Report on vaccination in Madras 1877-1894 - 1877-1894
Year: 1877
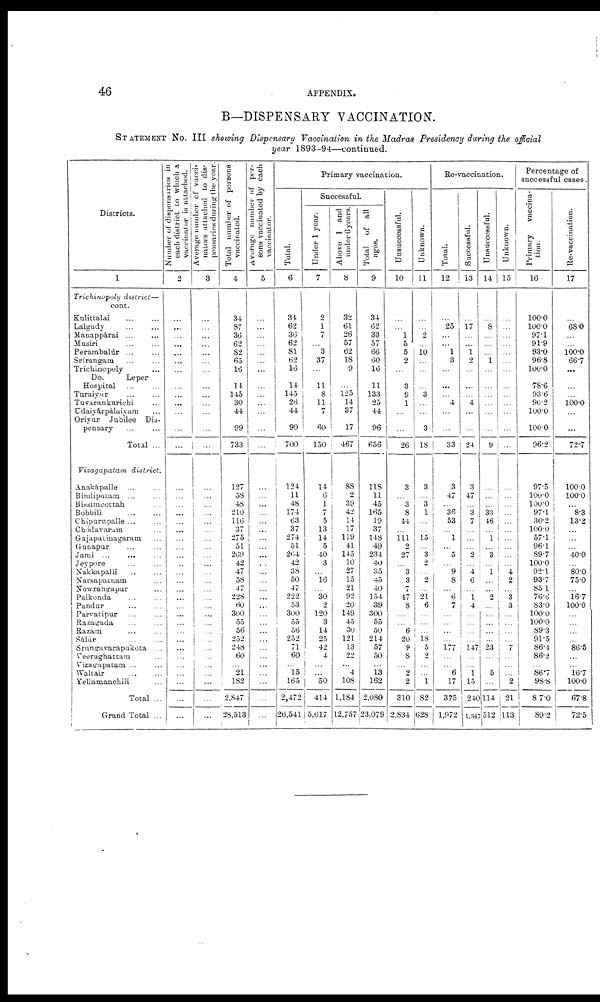
46
APPENDIX.
B—DISPENSARY VACCINATION.
STATEMENT No. III showing Dispensary Vaccination in the Madras Presidency during the official
year 1893-94—continued.
Districts.
1
Trichinopoly district—
cont.
Kulittalai
...
...
Lalgudy
...
...
Manappárai ... ...
Musiri ... ...
Perambalúr
...
...
Srírangam ... ...
Trichinopoly ...
Do.
Leper
Hospital ... ...
Turaiyur ... ...
Tuvarankurich ...
Udaivárpálaivam ...
Oriyur Jubilee Dis-
pensary ... ...
Total ...
Vizagapatam district.
Anakápalle ... ...
Bimlipatam ... ...
Bissimcottah ...
Bobbili
...
...
Chípurupalle ... ...
Chódavaram ...
Gajapatinagaram ...
Gunapur ... ...
Jami ...
...
Jeypore ... ...
Nakkapalii ... ...
Narsapatnam ...
Nowraneapur ...
Palkonda ... ...
Pandur ... ...
Parvatipur ... ...
Razagada ... ...
Razam ... ...
Sálúr ... ...
Srungavarapukota ...
Veeraghattam ...
Vizagapatam ... ...
Waltair ... ...
Yellamanchili ...
Total ...
Grand Total ...
Number of dispensaries in
each district to which a
vaccinator is attached.
2
...
...
...
...
...
...
...
...
...
...
...
...
...
...
...
...
...
...
...
...
...
...
...
...
...
...
...
...
...
...
...
...
...
...
...
...
...
...
...
Average number of vacci-
nators attached to dis-
pensaries during the year.
3
...
...
...
...
...
...
...
...
...
...
...
...
...
...
...
...
...
...
...
...
...
...
...
...
...
...
...
...
...
...
...
...
...
...
...
...
...
...
...
Total number of persons
vaccinated.
4
34
87
36
62
82
65
16
14
145
30
44
99
733
127
58
48
210
116
37
275
51
269
42
47
58
47
228
60
300
55
56
252
248
60
...
21
182
2,847
28,513
Average number of per-
sons vaccinated by each
vaccinator.
5
...
...
...
...
...
...
...
...
...
...
...
...
...
...
...
...
...
...
...
...
...
...
...
...
...
...
...
...
...
...
...
...
...
...
...
...
...
...
...
Primary vaccination.
Total.
6
31
62
36
62
81
62
16
14
145
26
44
99
700
124
11
48
174
63
37
274
51
264
42
38
50
47
222
53
300
55
56
252
71
60
...
15
165
2,472
26,541
Successful.
Under 1 year.
7
2
1
7
...
3
37
...
11
8
11
7
60
150
14
6
1
7
0
13
14
5
40
3
...
16
...
30
2
120
3
14
25
42
4
...
...
50
414
5,617
Above 1 and
under 6 years.
8
32
61
26
57
62
18
9
...
125
14
37
17
467
88
2
39
42
14
17
119
41
145
10
27
15
21 92
20
149
45
30
121
13
22
...
4
108
1,184
12,757
Total of all
ages.
9
34
62
33
57
66
60
16
11
133
25
44
96
656
118
11
45
165
19
37
148
49
234
40
35
45
40
154
39
300
55
50
214
57
50
...
13
162
2,080
23,079
Unsuccessful.
10
...
...
1
5
5
2
...
3
9
1
...
...
26
3
...
3
8
44
...
111
2
27
...
3
3
7
47
8
...
...
6
20
9
8
...
2
2
310
2,834
Unknown.
11
...
...
2
...
10
...
...
...
3
...
...
3
18
3
...
3
1
...
...
15
...
3
2
...
2
...
21
6
...
...
...
18
5
2
...
...
1
82
628
Re-vaccination.
Total.
12
...
25
...
...
1
3
...
...
...
4
...
...
33
3
47
...
36
53
...
1
...
5
...
9
8
...
6
7
...
...
...
...
177
...
...
6
17
375
1,972
Successful.
13
...
17
...
...
1
2
...
...
...
4
...
...
24
3
47
...
3
7
...
...
...
2
...
4
6
...
1
4
...
...
...
...
147
... ...
1
15
240
1,347
Unsuccessful.
14
...
8
...
...
...
1
...
...
...
...
...
...
9
...
...
...
33
46
...
1
...
3
...
1
...
...
2
...
...
...
...
...
23
...
...
5
...
114
512
Unknown.
15
...
...
...
...
...
...
...
...
...
...
...
...
...
...
...
...
...
...
...
...
...
...
...
4
2
...
3
3
...
...
...
...
7
...
...
...
2
21
113
Percentage of
successful cases.
Primary
vaccina-
tion.
16
100.0
100.0
97.1
91.9
93.0
96.8
100.0
78.6
93.6
96.2
100.0
100.0
96.2
97.5
100.0
100.0
97.1
30.2
100.0
57.1
96.1
89.7
100.0
92.1
93.7
85.1
76.6
83.0
100.0
100.0
89.3
91.5
86.4
86.2
...
86.7
98.8
87.0
89.2
Re-vaccination.
17
...
68.0
...
...
100.0
66.7
...
...
...
100.0
...
...
72.7
100.0
100.0
...
8.3
13.2
...
...
...
40.0
...
80.0
75.0
...
16.7
100.0
...
...
...
...
86.5
...
...
16.7
100.0
67.8
72.5